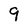
Character: 9